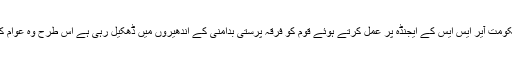
اس طرح بی جے پی حکومت آیر ایس ایس کے ایجنڈہ پر عمل کرتے ہوئے قوم کو فرقہ پرستی بدامنی کے اندھیروں میں ڈھکیل رہی ہے اس طرح وہ عوام کی بدخدمتی کررہی ہے۔